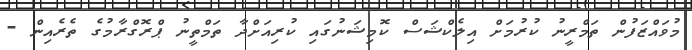
މުވައްޒަފުން ތަމްރީނު ކުރުމަށް އިލެކްޝަސް ކޮމިޝަނުގައި ކުރިއަށްދާ ތަމްތީނު ޕްރޮގްރާމުގެ ތެރެއިން -